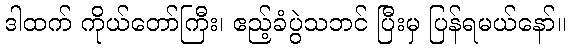
ဒါထက် ကိုယ်တော်ကြီး၊ ဧည့်ခံပွဲသဘင် ပြီးမှ ပြန်ရမယ်နော်။